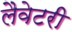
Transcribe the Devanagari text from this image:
लैवेटरी